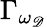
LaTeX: \Gamma_{\omega_{\mathscr{D}}}